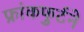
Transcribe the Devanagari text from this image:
फ्रांकफुर्टने